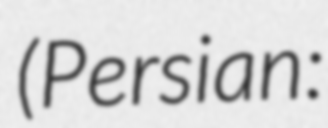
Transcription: (Persian: